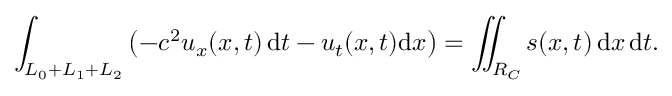
\int _ { L _ { 0 } + L _ { 1 } + L _ { 2 } } \left( - c ^ { 2 } u _ { x } ( x , t ) \, \mathrm { d } t - u _ { t } ( x , t ) \mathrm { d } x \right) = \iint _ { R _ { C } } s ( x , t ) \, \mathrm { d } x \, \mathrm { d } t .